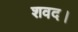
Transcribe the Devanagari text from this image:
शवद।